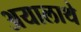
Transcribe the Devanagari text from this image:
अयालाथे